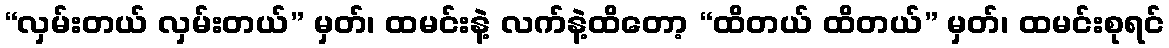
“လှမ်းတယ် လှမ်းတယ်” မှတ်၊ ထမင်းနဲ့ လက်နဲ့ထိတော့ “ထိတယ် ထိတယ်” မှတ်၊ ထမင်းစုရင်